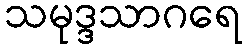
သမုဒ္ဒသာဂရေ